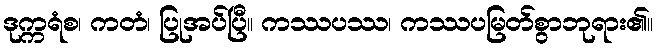
ဒုက္ကရံစ၊ ကတံ၊ ပြုအပ်ပြီ။ ကဿပဿ၊ ကဿပမြတ်စွာဘုရား၏။